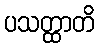
ပသတ္ထာတိ